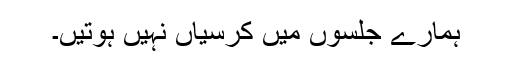
ہمارے جلسوں میں کرسیاں نہیں ہوتیں۔